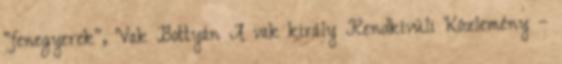
"fenegyerek", Vak Bottyán A vak király Rendkívüli Közlemény –